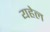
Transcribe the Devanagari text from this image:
यहेल